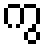
ကွ